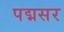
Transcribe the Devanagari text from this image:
पद्मसर